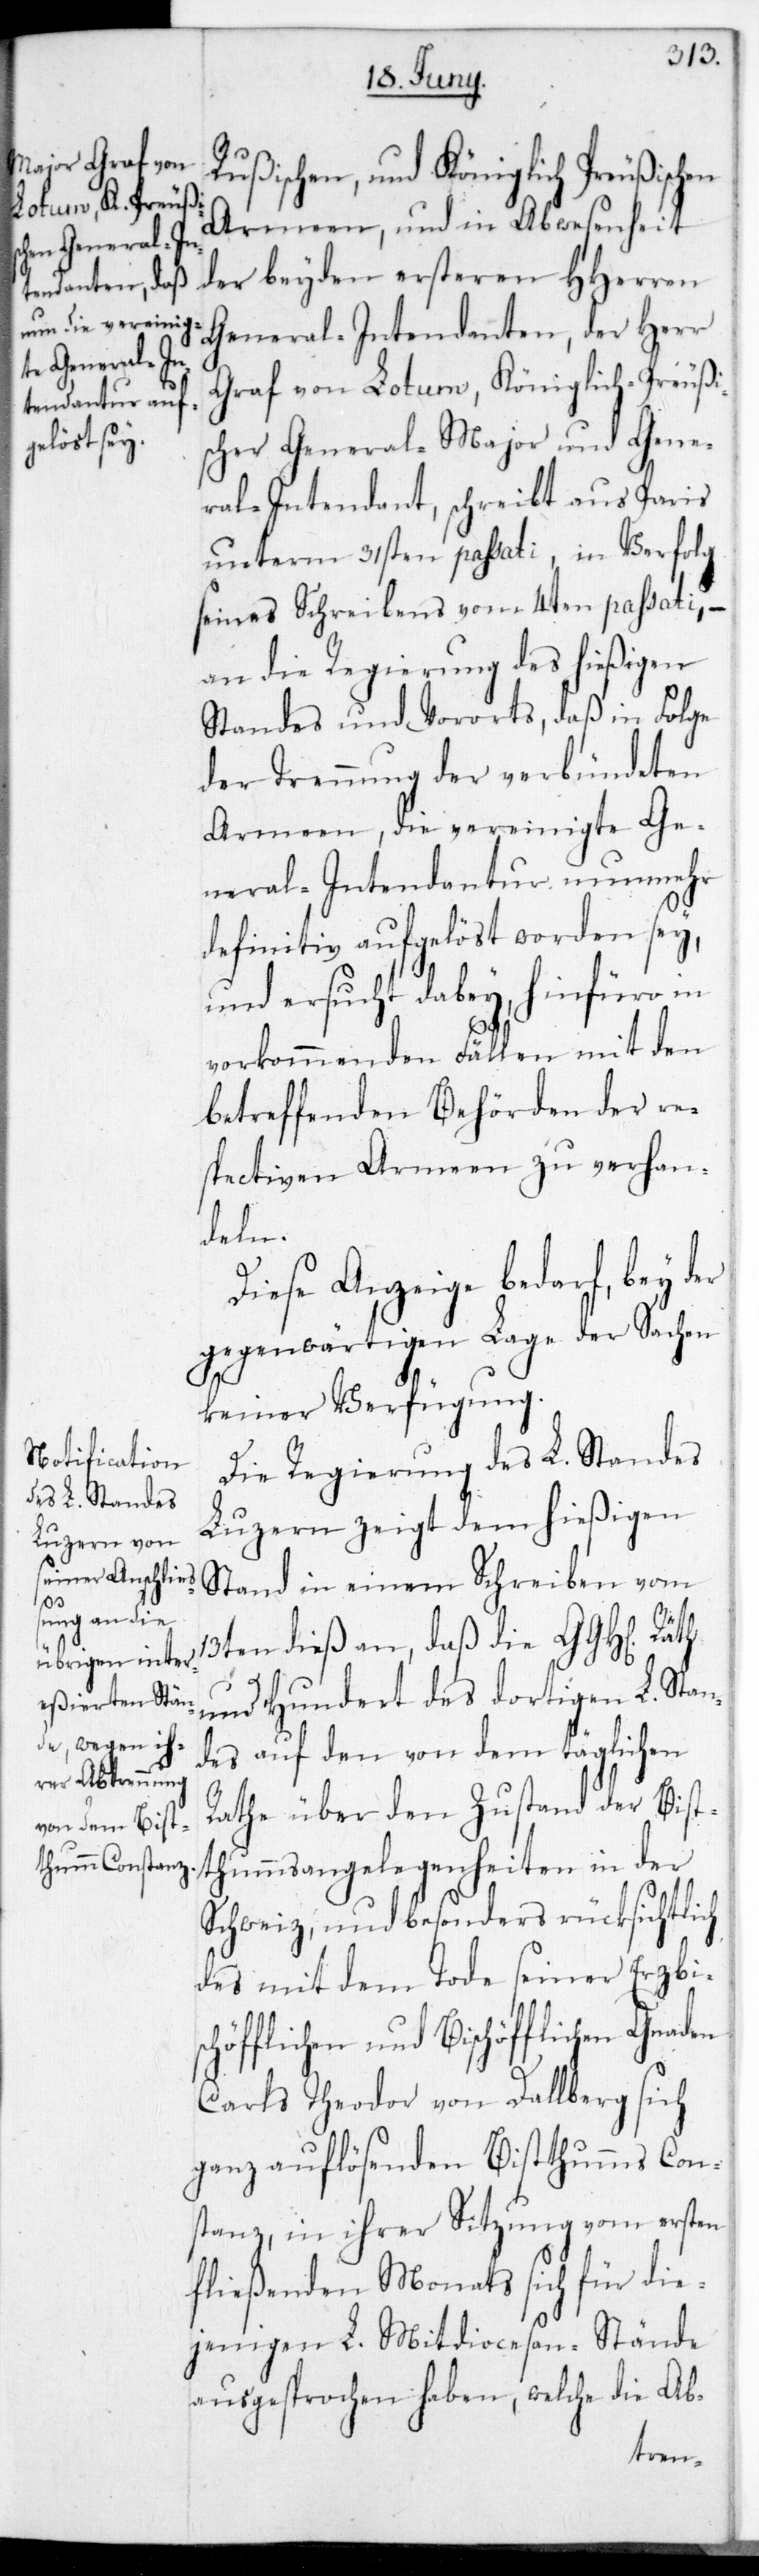
Rußischen und Königlich-Preußischen
Armeen, und in Abwesenheit
der beyden ersteren HHerren
General-Intendanten, der Herr
Graf von Lotum, Königlich-Preußi¬
scher General-Major und Gene¬
ral-Intendant, schreibt aus Paris
unterm 31sten passati, in Verfolg
seines Schreibens vom 4ten passati, –
an die Regierung des hießigen
Standes und Vororts, daß in Folge
der Trennung der verbündeten
Armeen, die vereinigte Ge¬
neral-Intendantur nunmehr
definitiv aufgelöst worden sey,
und ersucht dabey, hinfüro in
vorkommenden Fällen mit den
betreffenden Behörden der re¬
spectiven Armeen zu verhan¬
deln.
Diese Anzeige bedarf, bey der
gegenwärtigen Lage der Sachen
keiner Verfügung.
Die Regierung des L. Standes
Luzern zeigt dem hießigen
Stand in einem Schreiben vom
13ten dieß an, daß die GGHl. Räth
und hundert des dortigen L. Stan¬
des auf den von dem täglichen
Rate über den Zustand der Bis¬
thumsangelegenheiten in der
Schweiz, und besonders rücksichtlich
des mit dem Tode seiner Erzbis¬
chöfflichen und Bischöfflichen Gnaden
Carls Theodor von Dallberg sich
ganz auflösenden Bisthums Con¬
stanz, in ihrer Sitzung vom ersten
fließenden Monats sich für die¬
jenigen L. Mitdiocesan-Stände
ausgesprochen haben, welche die Ab-